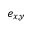
e _ { x , y }